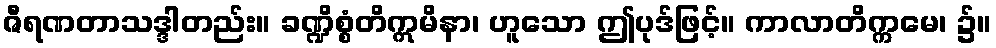
ဇီရဏတာသဒ္ဒါတည်း။ ခဏ္ဍိစ္စံတိဣမိနာ၊ ဟူသော ဤပုဒ်ဖြင့်။ ကာလာတိက္ကမေ၊ ၌။